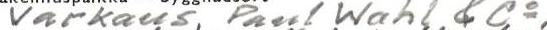
Varkaus Paul Wahl & Co